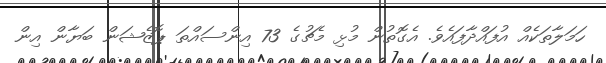
ހަމަލާތަކެއް އުފައްދާފައެވެ. އެގޮތުން މުޅި މެޗުގެ 73 އިންސައްތަ ޕޮޒެޝަން ބަޔާން އިން